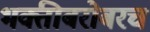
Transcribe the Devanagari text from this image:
भक्तीबरोबरच